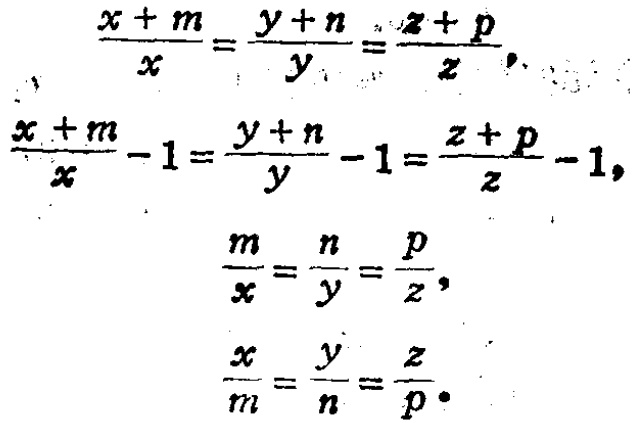
\[\begin{align*}

\frac{x + m}{x}&=\frac{y + n}{y}=\frac{z + p}{z},\\

\frac{x + m}{x}-1&=\frac{y + n}{y}-1=\frac{z + p}{z}-1,\\

\frac{m}{x}&=\frac{n}{y}=\frac{p}{z},\\

\frac{x}{m}&=\frac{y}{n}=\frac{z}{p}.

\end{align*}\]